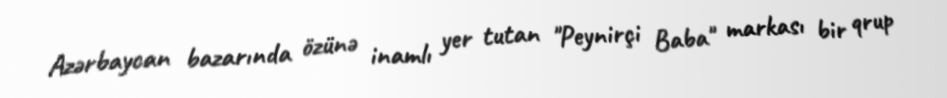
Azərbaycan bazarında özünə inamlı yer tutan "Peynirçi Baba" markası bir qrup